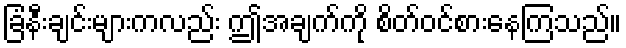
ခြံနီးချင်းများကလည်း ဤအချက်ကို စိတ်ဝင်စားနေကြသည်။